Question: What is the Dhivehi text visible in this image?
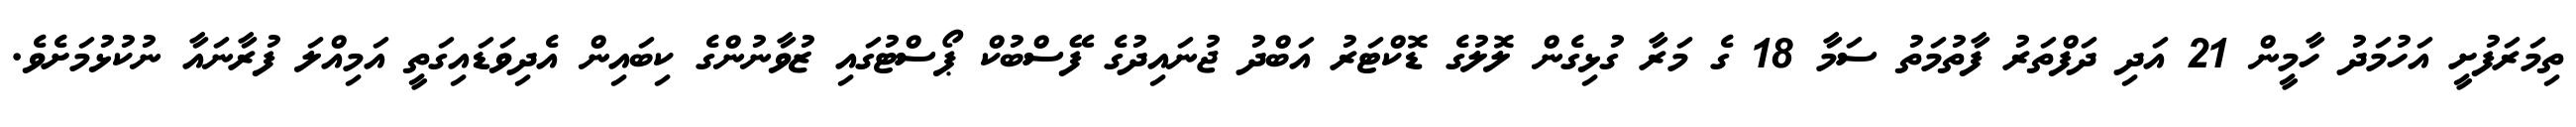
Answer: ތިމަރަފުށީ އަހުމަދު ހާމީން 21 އަދި ދަފްތަރު ފާތުމަތު ސަމާ 18 ގެ މަރާ ގުޅިގެން ލޮލުގެ ޑޮކްޓަރު އަބްދު ޖުނައިދުގެ ފޭސްބުކް ޕޯސްޓުގައި ޒުވާނުންގެ ކިބައިން އެދިވަޑައިގަތީ އަމިއްލަ ފުރާނައާ ނުކުޅުމަށެވެ.